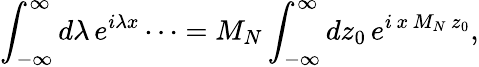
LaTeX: \int_{-\infty}^{\infty}d\lambda\, e^{i\lambda x}\cdots=M_{N}\int_{-\infty}^{\infty}dz_{0}\, e^{i\, x\, M_{N}\, z_{0}},